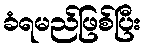
ခံရမည်ဖြစ်ပြီး